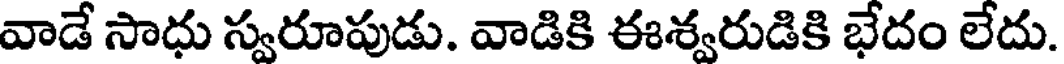
వాడే సాధు స్వరూపుడు. వాడికి ఈశ్వరుడికి భేదం లేదు.